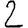
Digit: 2